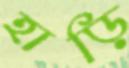
হাড়ি